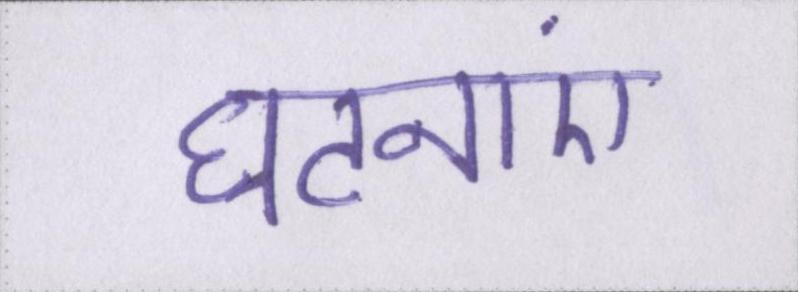
घटनाएं